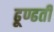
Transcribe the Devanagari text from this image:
ढूण्ढती